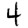
Digit: 4